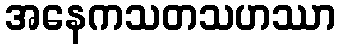
အနေကသတသဟဿာ